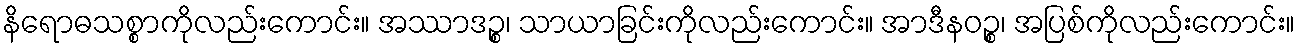
နိရောဓသစ္စာကိုလည်းကောင်း။ အဿာဒဉ္စ၊ သာယာခြင်းကိုလည်းကောင်း။ အာဒီနဝဉ္စ၊ အပြစ်ကိုလည်းကောင်း။